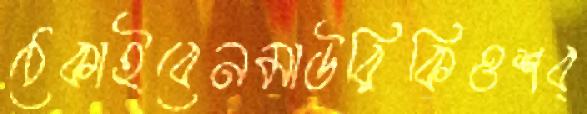
ঠেকাইবেনমাউরিকিওশব্